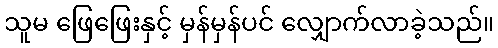
သူမ ဖြေဖြေးနှင့် မှန်မှန်ပင် လျှောက်လာခဲ့သည်။